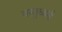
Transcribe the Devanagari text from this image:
वस्तुध्वनी